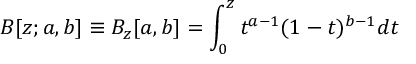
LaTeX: B [ z ; a , b ] \equiv B _ { z } [ a , b ] = \int _ { 0 } ^ { z } t ^ { a - 1 } ( 1 - t ) ^ { b - 1 } d t